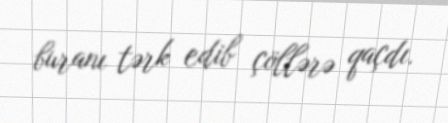
buranı tərk edib çöllərə qaçdı.